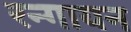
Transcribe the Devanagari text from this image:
रन्गायन